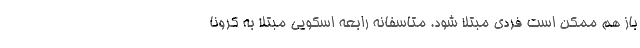
باز هم ممکن است فردی مبتلا شود. متاسفانه رابعه اسکویی مبتلا به کرونا